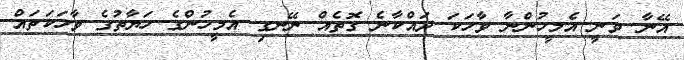
އޭނާ ވަނީ އެމީހުންނާ ވާހަކަ ދައްކާނެ ގޮތެއް ނޭނގި އެމީހުންގެ ހަޔާތުގެ ވާހަކަތައް